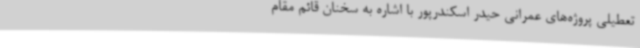
تعطیلی پروژه‌های عمرانی حیدر اسکندرپور با اشاره به سخنان قائم مقام